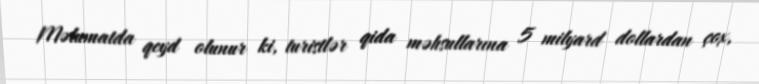
Məlumatda qeyd olunur ki, turistlər qida məhsullarına 5 milyard dollardan çox,